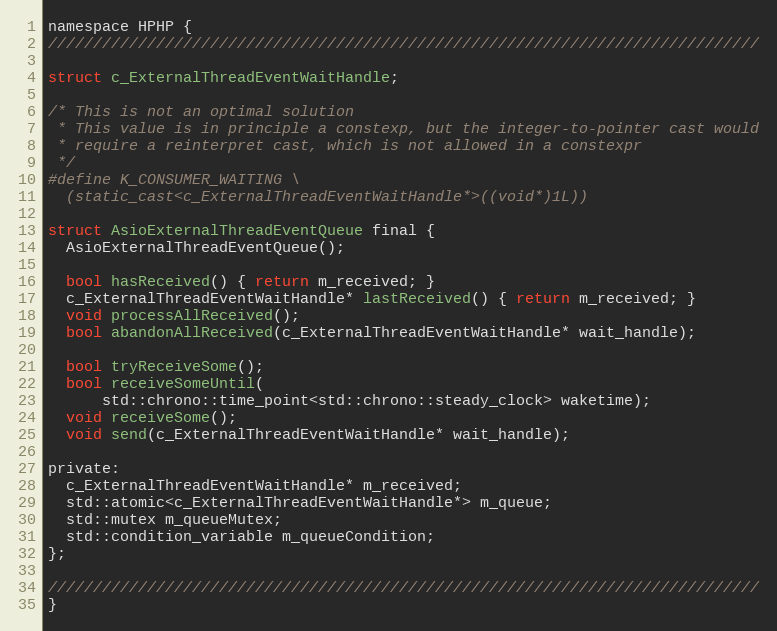
Language: C
namespace HPHP {
///////////////////////////////////////////////////////////////////////////////

struct c_ExternalThreadEventWaitHandle;

/* This is not an optimal solution
 * This value is in principle a constexp, but the integer-to-pointer cast would
 * require a reinterpret cast, which is not allowed in a constexpr
 */
#define K_CONSUMER_WAITING \
  (static_cast<c_ExternalThreadEventWaitHandle*>((void*)1L))

struct AsioExternalThreadEventQueue final {
  AsioExternalThreadEventQueue();

  bool hasReceived() { return m_received; }
  c_ExternalThreadEventWaitHandle* lastReceived() { return m_received; }
  void processAllReceived();
  bool abandonAllReceived(c_ExternalThreadEventWaitHandle* wait_handle);

  bool tryReceiveSome();
  bool receiveSomeUntil(
      std::chrono::time_point<std::chrono::steady_clock> waketime);
  void receiveSome();
  void send(c_ExternalThreadEventWaitHandle* wait_handle);

private:
  c_ExternalThreadEventWaitHandle* m_received;
  std::atomic<c_ExternalThreadEventWaitHandle*> m_queue;
  std::mutex m_queueMutex;
  std::condition_variable m_queueCondition;
};

///////////////////////////////////////////////////////////////////////////////
}